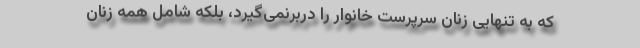
که به تنهایی زنان سرپرست خانوار را دربرنمی‌گیرد، بلکه شامل همه زنان